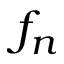
f _ { n }